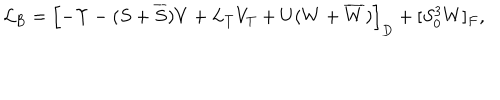
{ \cal L } _ { \mathrm { B } } = \left[ - \Upsilon - ( S + \overline { { S } } ) V + L _ { T } V _ { T } + U ( W + \overline { { W } } ) \right] _ { D } + [ S _ { 0 } ^ { 3 } W ] _ { F } ,